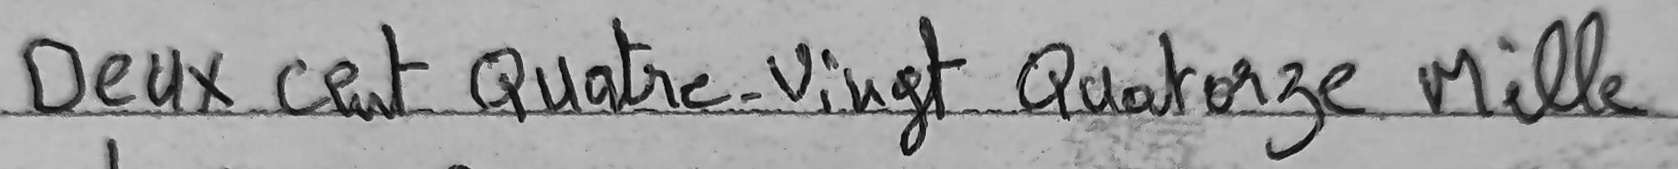
Deux cent Quatre-Vingt Quatorze Mille